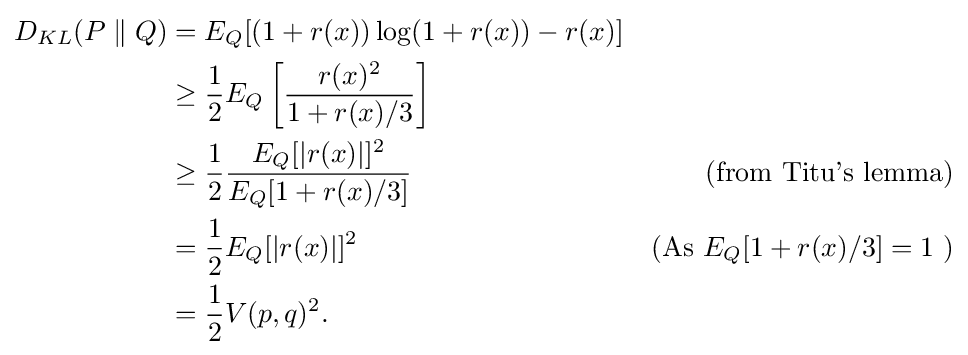
{\begin{aligned}D_{KL}(P\parallel Q)&=E_{Q}[(1+r(x))\log(1+r(x))-r(x)]\\&\geq {\frac {1}{2}}E_{Q}\left[{\frac {r(x)^{2}}{1+r(x)/3}}\right]\\&\geq {\frac {1}{2}}{\frac {E_{Q}[|r(x)|]^{2}}{E_{Q}[1+r(x)/3]}}&{\text{(from Titu's lemma)}}\\&={\frac {1}{2}}E_{Q}[|r(x)|]^{2}&{\text{(As }}E_{Q}[1+r(x)/3]=1{\text{ )}}\\&={\frac {1}{2}}V(p,q)^{2}.\end{aligned}}